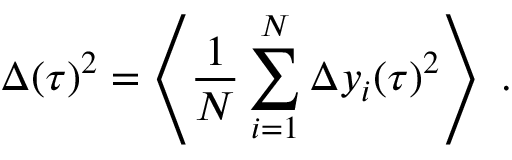
\Delta ( \tau ) ^ { 2 } = \left\langle \frac { 1 } { N } \sum _ { i = 1 } ^ { N } \Delta y _ { i } ( \tau ) ^ { 2 } \right\rangle ~ .